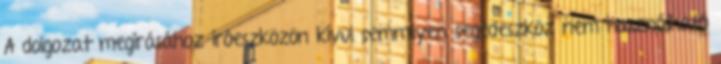
A dolgozat megírásához íróeszközön kívül semmilyen segédeszköz nem használható